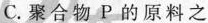
C.聚合物P的原料之